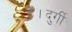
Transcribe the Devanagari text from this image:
है।दुर्गी